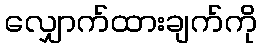
လျှောက်ထားချက်ကို